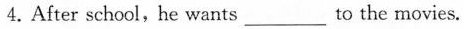
4. After school , he wants ___ to the movies.